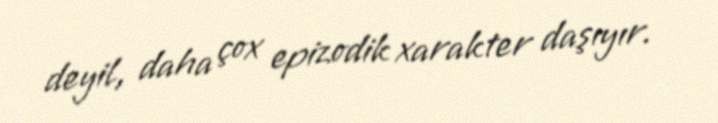
deyil, daha çox epizodik xarakter daşıyır.